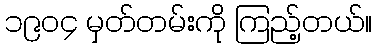
၁၉၀၄ မှတ်တမ်းကို ကြည့်တယ်။